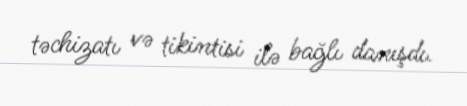
təchizatı və tikintisi ilə bağlı danışdı.